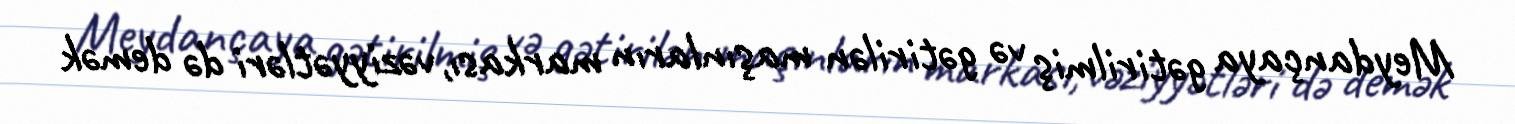
Meydançaya gətirilmiş və gətirilən maşınların markası, vəziyyətləri də demək